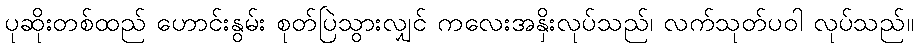
ပုဆိုးတစ်ထည် ဟောင်းနွမ်း စုတ်ပြဲသွားလျှင် ကလေးအနှိးလုပ်သည်၊ လက်သုတ်ပဝါ လုပ်သည်။